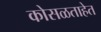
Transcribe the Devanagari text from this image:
कोसळताहेत